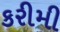
કરીમી